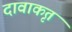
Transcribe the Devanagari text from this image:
दावाकृत